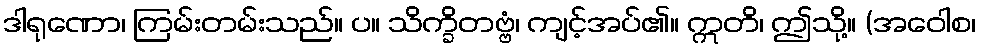
ဒါရုဏော၊ ကြမ်းတမ်းသည်။ ပ။ သိက္ခိတဗ္ဗံ၊ ကျင့်အပ်၏။ ဣတိ၊ ဤသို့။ (အဝေါစ၊